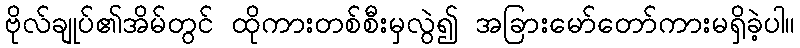
ဗိုလ်ချုပ်၏အိမ်တွင် ထိုကားတစ်စီးမှလွဲ၍ အခြားမော်တော်ကားမရှိခဲ့ပါ။